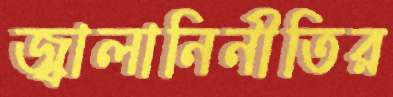
জ্বালানিনীতির